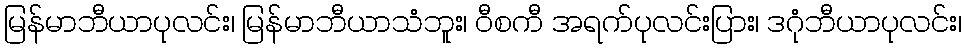
မြန်မာဘီယာပုလင်း၊ မြန်မာဘီယာသံဘူး၊ ဝီစကီ အရက်ပုလင်းပြား၊ ဒဂုံဘီယာပုလင်း၊